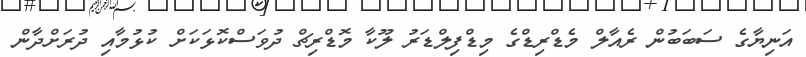
އަނިޔާގެ ސަބަބުން ރެއާލް މެޑްރިޑްގެ މިޑްފިލްޑަރު ލޫކާ މޮޑްރިޗް ދުވަސްކޮޅަކަށް ކުޅުމާއި ދުރަށްދާން